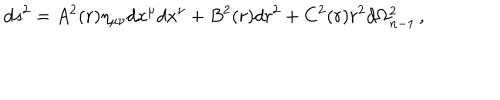
LaTeX: d s ^ { 2 } = A ^ { 2 } ( r ) \eta _ { \mu \nu } d x ^ { \mu } d x ^ { \nu } + B ^ { 2 } ( r ) d r ^ { 2 } + C ^ { 2 } ( r ) r ^ { 2 } d \Omega _ { n - 1 } ^ { 2 } \, ,